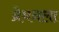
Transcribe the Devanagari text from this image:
ब्रेमनला